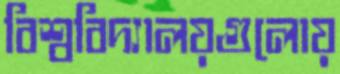
বিশ্ববিদ্যালয়গুলোয়